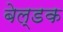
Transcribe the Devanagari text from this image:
बेल्डक